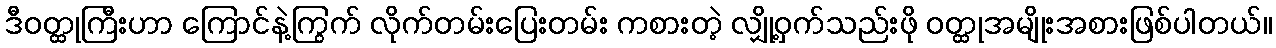
ဒီဝတ္ထုကြီးဟာ ကြောင်နဲ့ကြွက် လိုက်တမ်းပြေးတမ်း ကစားတဲ့ လျှို့ဝှက်သည်းဖို ဝတ္ထုအမျိုးအစားဖြစ်ပါတယ်။